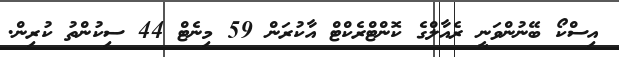
އިސްކޯ ބޭނުންވަނީ ރެއާލްގެ ކޮންޓްރެކްޓް އާކުރަން 59 މިނެޓް 44 ސިކުންތު ކުރިން.